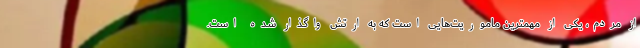
از مردم، یکی از مهمترین ماموریت‌هایی است که به ارتش واگذار شده است.